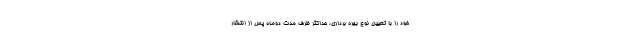
خود را با تعیین نوع بهره برداری، حداکثر ظرف مدت دوماه پس از انتشار